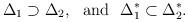
LaTeX: \begin{align*}\Delta_{1} \supset \Delta_{2}, \ \ {\rm and} \ \ \Delta_{1}^{*} \subset \Delta_{2}^{*}.\end{align*}